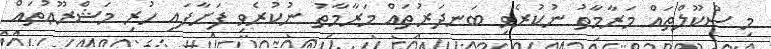
މި ސްކޫލްތައް މަރާމާތު ނުކުރެވި ބަނދަރުތައް މަރާމާތު ނުކުރެވި ފަށާފައި ހުރި މަޝްރޫޢުތައް